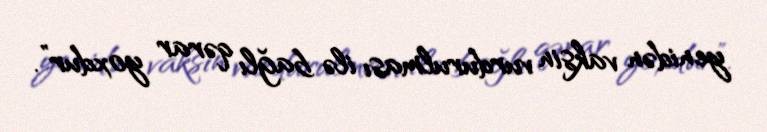
yenidən vaksin vurdurulması ilə bağlı qərar yoxdur”.